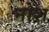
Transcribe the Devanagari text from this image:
नोश